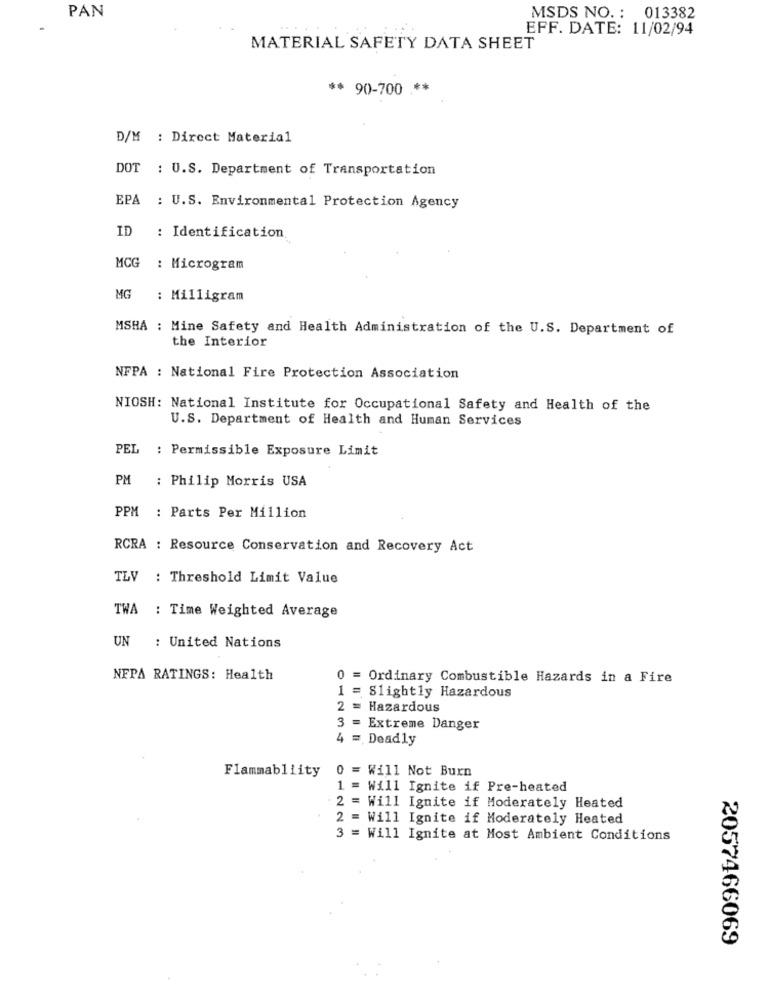
PAN
MSDS NO. : 013382
EFF. DATE: 11/02/94
MATERIAL SAFETY DATA SHEET
** 90-700 **
D/M : Direct Material
DOT : U.S. Department of Transportation
EPA
: U.S. Environmental Protection Agency
ID
: Identification
MCG
: Microgram
MG
: Milligram
MSHA : Mine Safety and Health Administration of the U.S. Department of
the Interior
NFPA : National Fire Protection Association
NIOSH: National Institute for Occupational Safety and Health of the
U.S. Department of Health and Human Services
PEL
: Permissible Exposure Limit
PM
: Philip Morris USA
PPM : Parts Per Million
RCRA : Resource Conservation and Recovery Act
TLV : Threshold Limit Value
TWA : Time Weighted Average
UN
: United Nations
NFPA RATINGS: Health
0 = Ordinary Combustible Hazards in a Fire
1 = Slightly Hazardous
2 = Hazardous
3 = Extreme Danger
4 = Deadly
Flammabliity
= Will Not Burn
0
= Will Ignite if Pre-heated
2 = Will Ignite if Moderately Heated
= Will Ignite if Moderately Heated
3 = Will Ignite at Most Ambient Conditions
2057466069